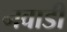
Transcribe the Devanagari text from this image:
नवाडी